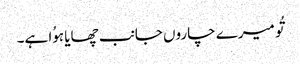
تُو میرے چاروں جانب چھایا ہوُا ہے۔